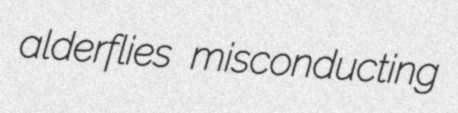
alderflies misconducting